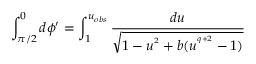
\int _ { \pi / 2 } ^ { 0 } d \phi ^ { \prime } = \int _ { 1 } ^ { u _ { o b s } } \frac { d u } { \sqrt { 1 - u ^ { ^ 2 } + b ( u ^ { ^ { q + 2 } } - 1 ) } }